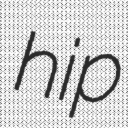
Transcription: hip